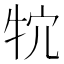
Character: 𤘺